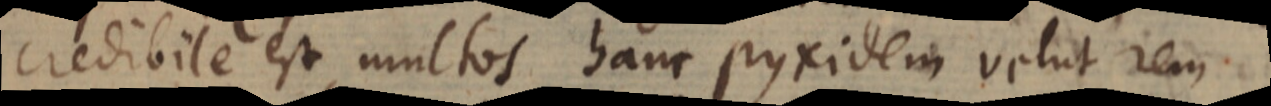
credibile est multos hanc pyxidem velut rem